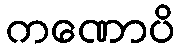
ကဏောပိ